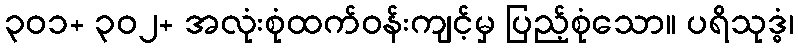
၃၀၁+ ၃၀၂+ အလုံးစုံထက်ဝန်းကျင့်မှ ပြည့်စုံသော။ ပရိသုဒ္ဓံ၊